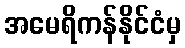
အမေရိကန်နိုင်ငံမှ